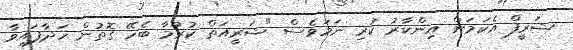
ޝަރީފް އެކަމަށް އިންކާރު ކުރި ނަމަވެސް "ޝަރީއަތް ކުރުމާ ބެހޭ ގޮތުން ހަދާފައިވާ